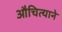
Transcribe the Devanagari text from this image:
औचित्याने